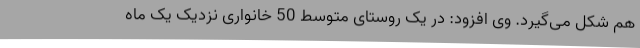
هم شکل می‌گیرد. وی افزود: در یک روستای متوسط 50 خانواری نزدیک یک ماه